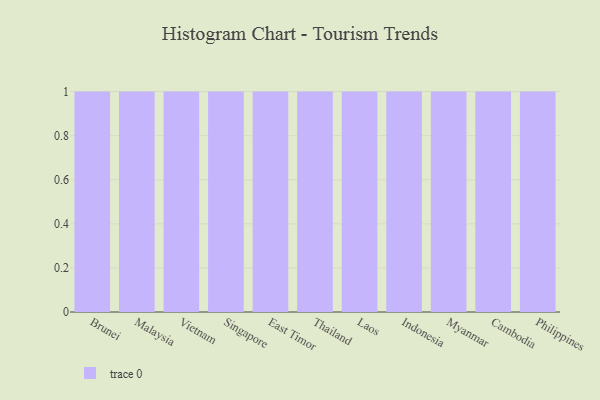
{"axis": {"x": "Country", "y": "Tickets Resolved"}, "legend": [""], "data": [{"x": "Brunei", "y": 89, "type": ""}, {"x": "Malaysia", "y": 97, "type": ""}, {"x": "Vietnam", "y": 13, "type": ""}, {"x": "Singapore", "y": 50, "type": ""}, {"x": "East Timor", "y": 52, "type": ""}, {"x": "Thailand", "y": 12, "type": ""}, {"x": "Laos", "y": 27, "type": ""}, {"x": "Indonesia", "y": 62, "type": ""}, {"x": "Myanmar", "y": 55, "type": ""}, {"x": "Cambodia", "y": 79, "type": ""}, {"x": "Philippines", "y": 29, "type": ""}]}